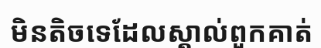
មិនតិចទេដែលស្គាល់ពួកគាត់